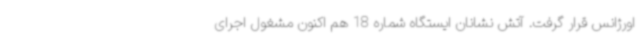
اورژانس قرار گرفت. آتش نشانان ایستگاه شماره 18 هم اکنون مشغول اجرای